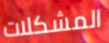
المشكلات